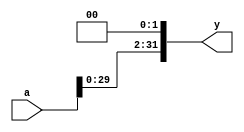
`timescale 1ns / 1ps
//////////////////////////////////////////////////////////////////////////////////
// Company: 
// Engineer: 
// 
// Design Name: 
// Module Name: shift_2
// Project Name: 
// Target Devices: 
// Tool Versions: 
// Description: 
// 
// Dependencies: 
// 
// Revision:
// Revision 0.01 - File Created
// Additional Comments:
// 
//////////////////////////////////////////////////////////////////////////////////


module sl2(
    input wire [31:0] a,
    output wire [31:0] y
    );
    
    assign y = {a[29:0],2'b00};
endmodule